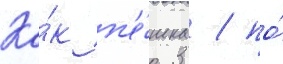
Ка́к п'е́шка / по́